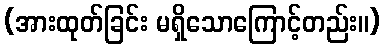
(အားထုတ်ခြင်း မရှိသောကြောင့်တည်း။)